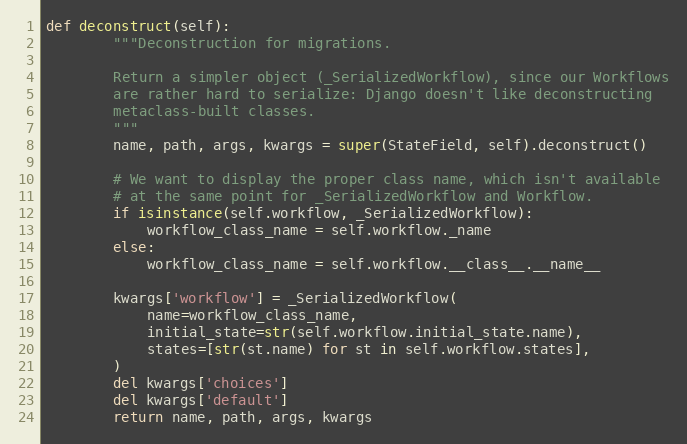
Language: Python
def deconstruct(self):
        """Deconstruction for migrations.

        Return a simpler object (_SerializedWorkflow), since our Workflows
        are rather hard to serialize: Django doesn't like deconstructing
        metaclass-built classes.
        """
        name, path, args, kwargs = super(StateField, self).deconstruct()

        # We want to display the proper class name, which isn't available
        # at the same point for _SerializedWorkflow and Workflow.
        if isinstance(self.workflow, _SerializedWorkflow):
            workflow_class_name = self.workflow._name
        else:
            workflow_class_name = self.workflow.__class__.__name__

        kwargs['workflow'] = _SerializedWorkflow(
            name=workflow_class_name,
            initial_state=str(self.workflow.initial_state.name),
            states=[str(st.name) for st in self.workflow.states],
        )
        del kwargs['choices']
        del kwargs['default']
        return name, path, args, kwargs